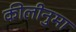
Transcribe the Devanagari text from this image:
कीलीनुमा